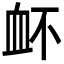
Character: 衃